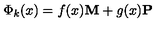
\Phi _ { k } ( x ) = f ( x ) { \bf M } + g ( x ) { \bf P }